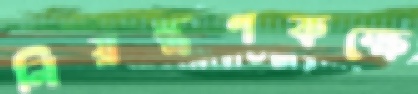
নিয়ন্ত্রণকক্ষে